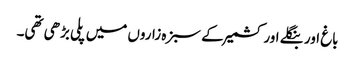
باغ اور بنگلے اور کشمیر کے سبزہ زاروں میں پلی بڑھی تھی۔